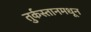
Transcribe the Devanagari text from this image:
तुर्कस्तानमधून